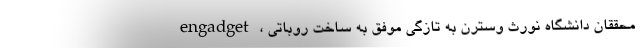
engadget، محققان دانشگاه نورث وسترن به تازگی موفق به ساخت روباتی